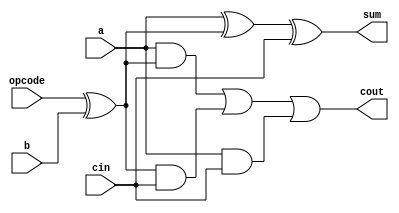
module one_bit_as (a, b, cin, opcode, sum, cout);

   input a;
   input b;
   input cin;
   input opcode;

   output sum;
   wire sum;
   output cout;
   wire cout;

   assign bd=opcode^b;
   assign sum=a^bd^cin;
   assign cout=((a&bd) | (bd&cin) | (a&cin));

endmodule